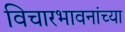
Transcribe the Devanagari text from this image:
विचारभावनांच्या